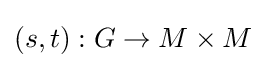
(s,t):G\to M\times M